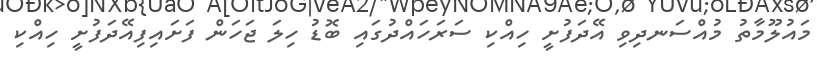
މައުލޫމާތު މުއްސަނދިވި އޭދަފުށީ ހިއްކި ސަރަހައްދުގައި ބޮޑު ހިލަ ޖަހަން ފަށައިފިއޭދަފުށީ ހިއްކި